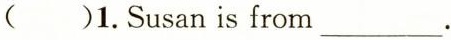
( )1.Susan is from ___.